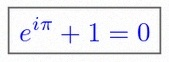
e^{i\pi}+1=0